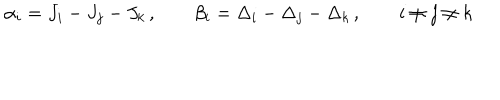
\alpha _ { i } = J _ { i } - J _ { j } - J _ { k } \, , \qquad \beta _ { i } = \Delta _ { i } - \Delta _ { j } - \Delta _ { k } \, , \qquad i \neq j \neq k